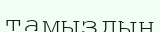
тамыздың